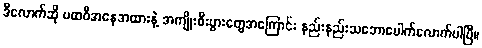
ဒီလောက်ဆို ပထဝီအနေအထားနဲ့ အကျိုးစီးပွားတွေအကြောင်း နည်းနည်းသဘောပေါက်လောက်ပါပြီ။